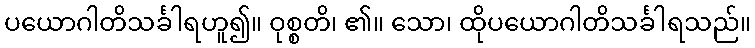
ပယောဂါတိသင်္ခါရဟူ၍။ ဝုစ္စတိ၊ ၏။ သော၊ ထိုပယောဂါတိသင်္ခါရသည်။